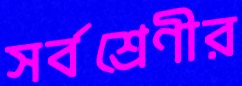
সর্বশ্রেণীর